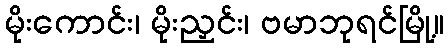
မိုးကောင်း၊ မိုးညှင်း၊ ဗမာဘုရင်မြို့။